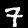
Label: 7